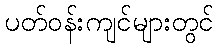
ပတ်ဝန်းကျင်များတွင်